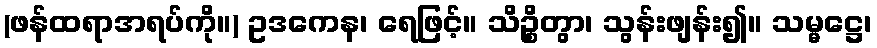
(ဖန်ထရာအရပ်ကို။) ဥဒကေန၊ ရေဖြင့်။ သိဉ္စိတွာ၊ သွန်းဖျန်း၍။ သမ္မဋ္ဌေ၊